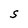
Character: S